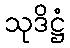
သုဒိဋ္ဌံ